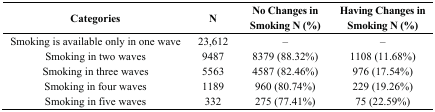
| Categories | N | No Changes in Smoking N (%) | Having Changes in Smoking N (%) |
 | --- | --- | --- | --- |
 | Smoking is available only in one wave | 23,612 | – | – |
 | Smoking in two waves | 9487 | 8379 (88.32%) | 1108 (11.68%) |
 | Smoking in three waves | 5563 | 4587 (82.46%) | 976 (17.54%) |
 | Smoking in four waves | 1189 | 960 (80.74%) | 229 (19.26%) |
 | Smoking in five waves | 332 | 275 (77.41%) | 75 (22.59%) |